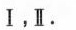
Ⅰ，Ⅱ.